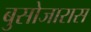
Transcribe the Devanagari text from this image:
बुसोजारास